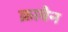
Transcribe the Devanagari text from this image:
क्रावैन